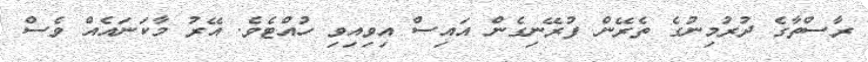
ރާސްތާގެ ދުރުމިނުގެ ތެރޭން ފުރޭނިގެން އައިސް އިވިއިވި ހުއްޓެވެ. އޭރު މާކަނައެއް ވެސް